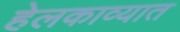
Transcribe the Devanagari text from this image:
हेलकाव्यात